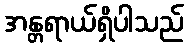
အန္တရာယ်ရှိပါသည်